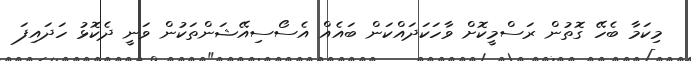
މިކަމާ ބެހޭ ގޮތުން ރަސްމީކޮށް ވާހަކަދައްކަން ބައެއް އެސޯސިއޭޝަންތަކުން ވަނީ ދެކޮޅު ހަދައިފަ